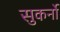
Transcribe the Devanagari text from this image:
सुकर्नो